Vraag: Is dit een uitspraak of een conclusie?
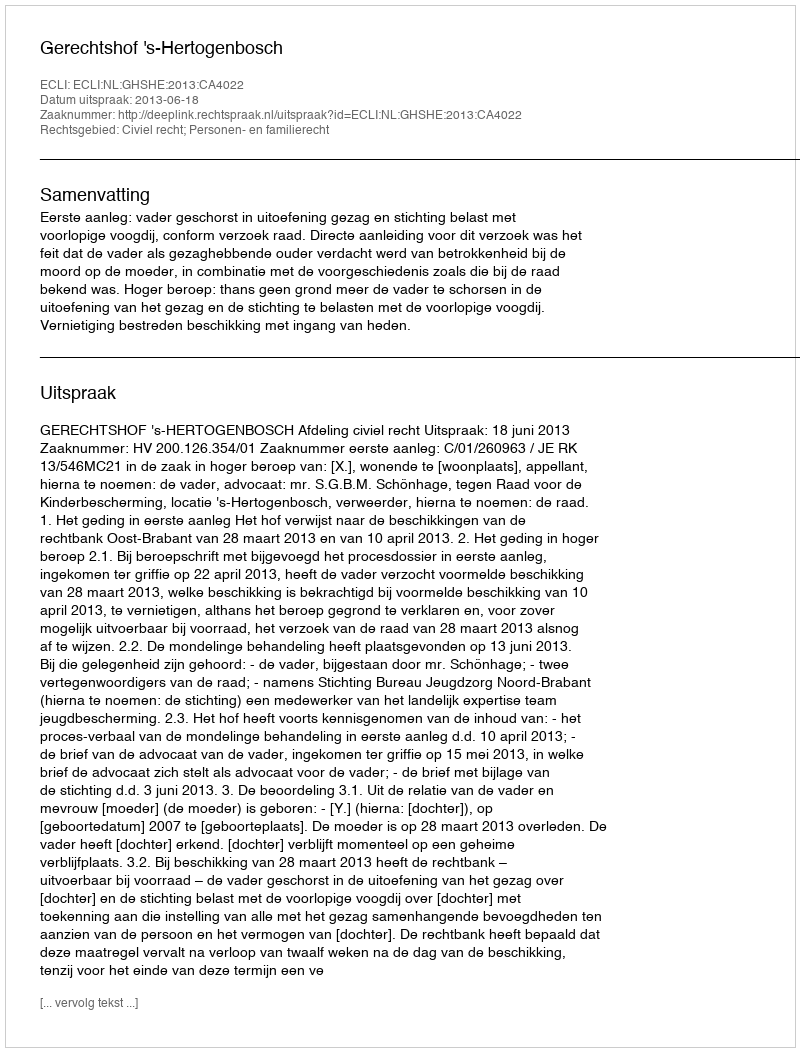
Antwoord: Uitspraak